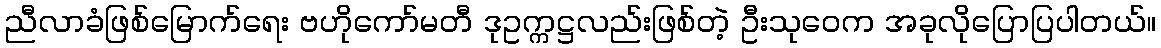
ညီလာခံဖြစ်မြောက်ရေး ဗဟိုကော်မတီ ဒုဥက္ကဋ္ဌလည်းဖြစ်တဲ့ ဦးသုဝေက အခုလိုပြောပြပါတယ်။